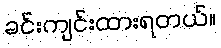
ခင်းကျင်းထားရတယ်။